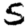
Digit: 5